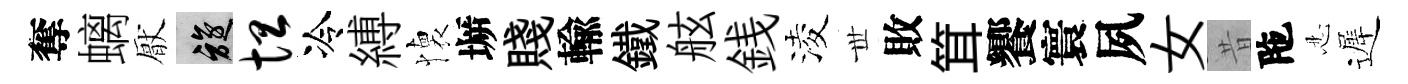
奪螭厭旋坦冷縛懐󶱲賤輸鐵舷銭淩𠀍敗䇯饗寰夙女昔陁忍遲